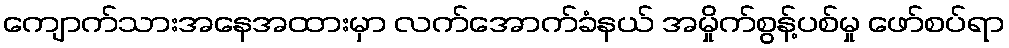
ကျောက်သားအနေအထားမှာ လက်အောက်ခံနယ် အမှိုက်စွန့်ပစ်မှု ဖော်စပ်ရာ